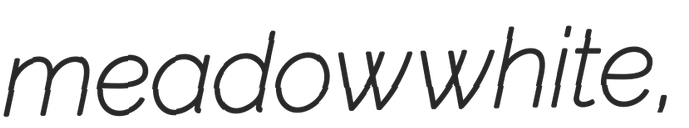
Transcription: meadow white,